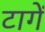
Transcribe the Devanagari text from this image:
टागें